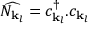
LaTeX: { \widehat { N _ { { \mathbf { k } } _ { l } } } } = c _ { { \mathbf { k } } _ { l } } ^ { \dagger } . c _ { { \mathbf { k } } _ { l } }